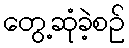
တွေ့ဆုံခဲ့စဉ်